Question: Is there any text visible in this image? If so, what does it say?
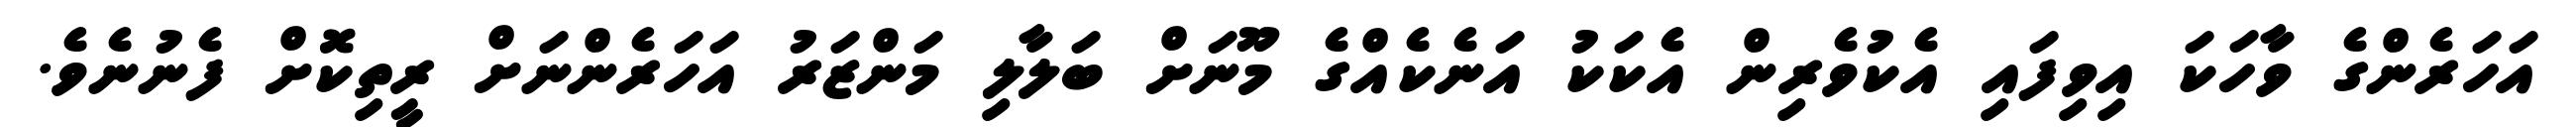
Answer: އަހަރެންގެ ވާހަކަ އިވިފައި އެކުވެރިން އެކަކު އަނެކެއްގެ މޫނަށް ބަލާލި މަންޒަރު އަހަރެންނަށް ރީތިކޮށް ފެނުނެވެ.